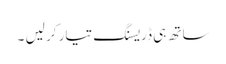
ساتھ ہی ڈریسنگ تیار کر لیں ۔